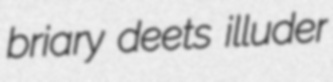
briary deets illuder